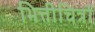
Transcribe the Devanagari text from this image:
भित्तीचित्रों